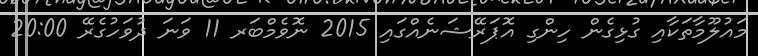
މައުލޫމާތަކާއި ގުޅިގެން ހިންގި އޮޕަރޭޝަނެއްގައި 2015 ނޮވެމްބަރ 11 ވަނަ ދުވަހުގެރޭ 20:00